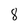
Character: 8